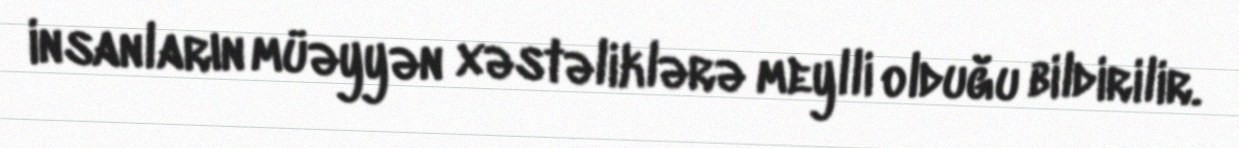
insanların müəyyən xəstəliklərə meylli olduğu bildirilir.